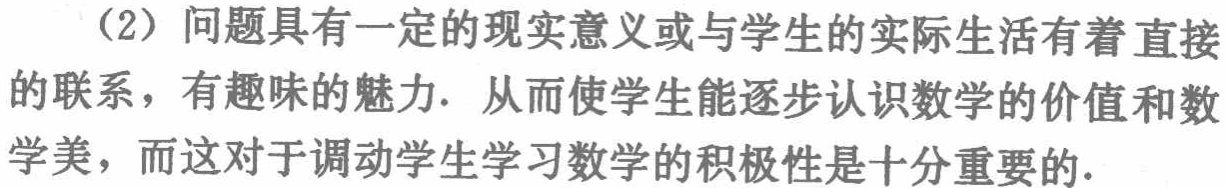
（2）问题具有一定的现实意义或与学生的实际生活有着直接的联系，有趣味的魅力. 从而使学生能逐步认识数学的价值和数学美，而这对于调动学生学习数学的积极性是十分重要的.